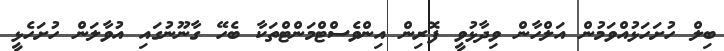
ބިލް ހުށަހަޅުއްވަމުން އަލްހާން ވިދާޅުވީ ފޮރިން އިންވެސްޓްމަންޓްތަކާ ބެހޭ ގާނޫނުގައި އުވާލަން ހުށަހެޅީ